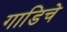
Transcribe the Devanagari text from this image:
गाडिचे